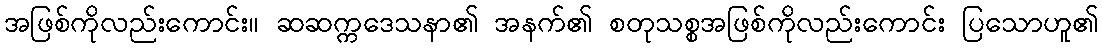
အဖြစ်ကိုလည်းကောင်း။ ဆဆက္ကဒေသနာ၏ အနက်၏ စတုသစ္စအဖြစ်ကိုလည်းကောင်း ပြသောဟူ၏